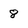
Character: 8